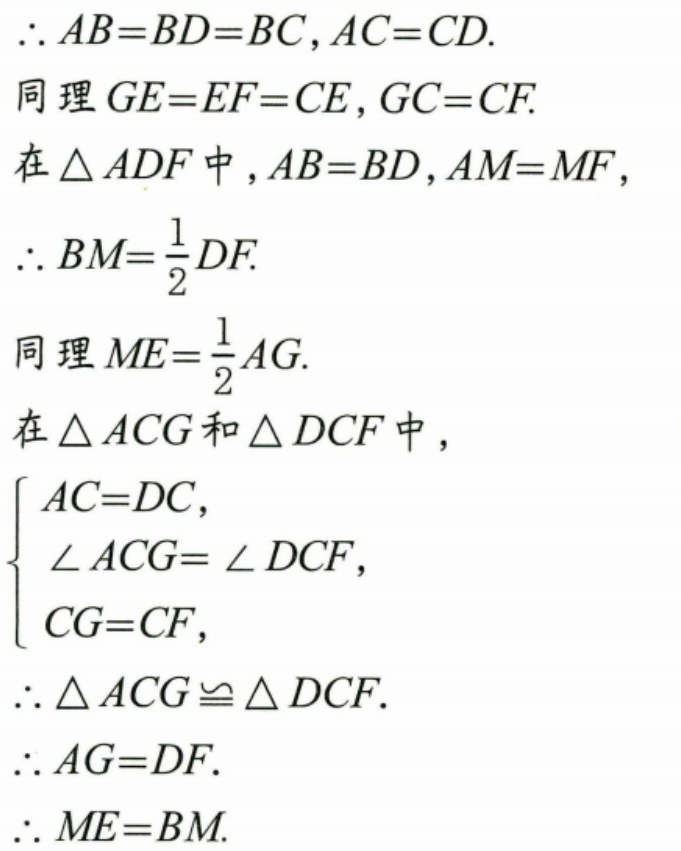
\(\therefore AB = BD = BC,AC = CD.\)
同理\(GE = EF = CE,GC = CF.\)
在\(\triangle ADF\)中,\(AB = BD,AM = MF,\)
\(\therefore BM=\frac{1}{2}DF.\)
同理\(ME=\frac{1}{2}AG.\)
在\(\triangle ACG\)和\(\triangle DCF\)中，
\(\begin{cases}
AC = DC,\\
\angle ACG=\angle DCF,\\
CG = CF,
\end{cases}\)
\(\therefore \triangle ACG\cong\triangle DCF.\)
\(\therefore AG = DF.\)
\(\therefore ME = BM.\)